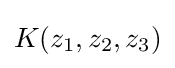
K(z_{1},z_{2},z_{3})